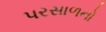
પરસાળનો